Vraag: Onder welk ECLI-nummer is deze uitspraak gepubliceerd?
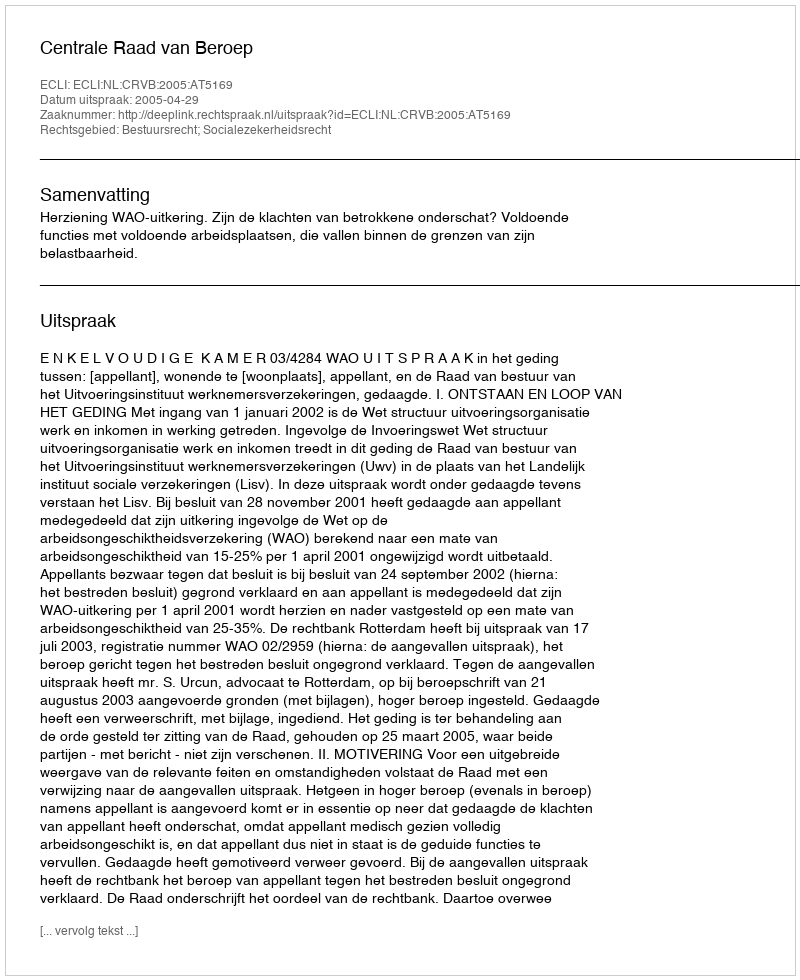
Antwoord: ECLI:NL:CRVB:2005:AT5169